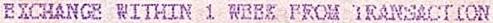
EXCHANGE WITHIN 1 WEEK FROM TRANSACTION